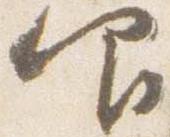
仰